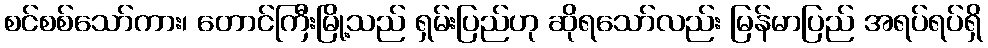
စင်စစ်သော်ကား၊ တောင်ကြီးမြို့သည် ရှမ်းပြည်ဟု ဆိုရသော်လည်း မြန်မာပြည် အရပ်ရပ်ရှိ